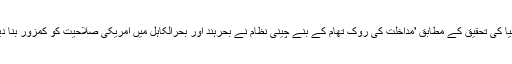
آسٹریلیا کی تحقیق کے مطابق 'مداخلت کی روک تھام کے بنے چینی نظام نے بحرہند اور بحرالکاہِل میں امریکی صلاحیت کو کمزور بنا دیا ہے۔